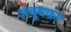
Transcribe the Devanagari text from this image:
अबूबक़र